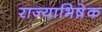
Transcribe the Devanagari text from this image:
राज्याभिषे़क